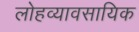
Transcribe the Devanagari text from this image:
लोहव्यावसायिक